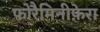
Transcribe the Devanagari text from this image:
फोरैमिनीफ़ेरा